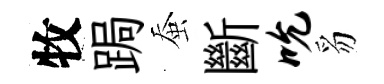
牧跼蚕斷吮豸